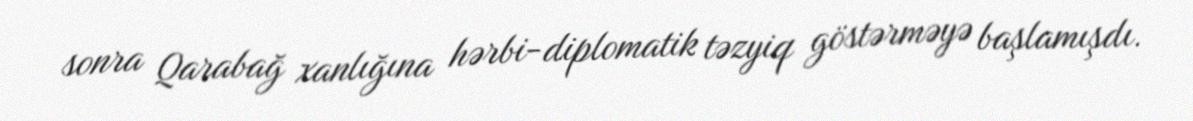
sonra Qarabağ xanlığına hərbi-diplomatik təzyiq göstərməyə başlamışdı.